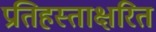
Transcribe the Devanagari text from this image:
प्रतिहस्ताक्षरित